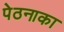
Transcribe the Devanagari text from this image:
पेठनाका